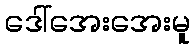
ဒေါ်အေးအေးမူ